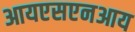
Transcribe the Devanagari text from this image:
आयएसएनआय